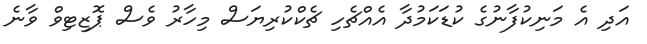
އަދި އެ މަނިކުފާނުގެ ކުޑަކަމުދާ އެއްޗެހި ޗެކްކުރިޔަސް މިހާރު ވެސް ޕޮޒިޓިވް ވާނެ